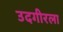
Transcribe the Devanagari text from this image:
उदगीरला